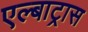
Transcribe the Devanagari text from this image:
एल्बाट्रास